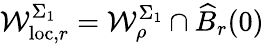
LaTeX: \mathcal{W}_{\mathrm{{loc}},r}^{\Sigma_{1}}=\mathcal{W}_{\rho}^{\Sigma_{1}}\cap\widehat{{B}}_{r}(0)